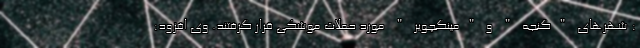
: شهرهای "گنجه " و "مینگچویر " مورد حملات موشکی قرار گرفتند. وی افزود: